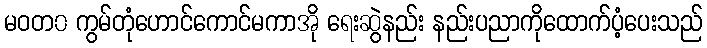
မဝတ၀ ကွမ်တုံဟောင်ကောင်မကာအို ရေးဆွဲနည်း နည်းပညာကိုထောက်ပံ့ပေးသည်